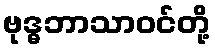
ဗုဒ္ဓဘာသာဝင်တို့